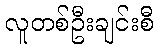
လူတစ်ဦးချင်းစီ